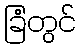
ခြံတွင်